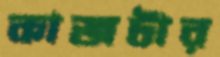
কাজটার